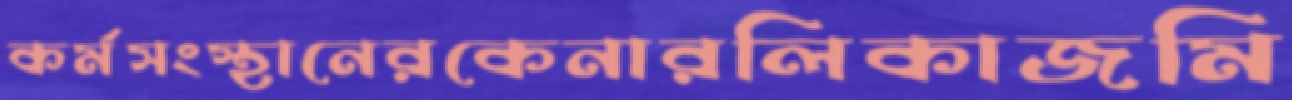
কর্মসংস্থানেরকেনারলিকাজমি